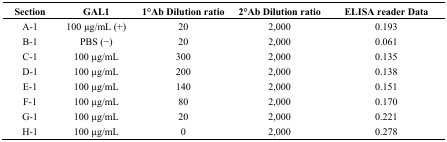
| Section | GAL1 | 1°Ab Dilution ratio | 2°Ab Dilution ratio | ELISA reader Data |
 | --- | --- | --- | --- | --- |
 | A-1 | 100 μg/mL (+) | 20 | 2,000 | 0.193 |
 | B-1 | PBS (−) | 20 | 2,000 | 0.061 |
 | C-1 | 100 μg/mL | 300 | 2,000 | 0.135 |
 | D-1 | 100 μg/mL | 200 | 2,000 | 0.138 |
 | E-1 | 100 μg/mL | 140 | 2,000 | 0.151 |
 | F-1 | 100 μg/mL | 80 | 2,000 | 0.170 |
 | G-1 | 100 μg/mL | 20 | 2,000 | 0.221 |
 | H-1 | 100 μg/mL | 0 | 2,000 | 0.278 |